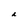
Character: i